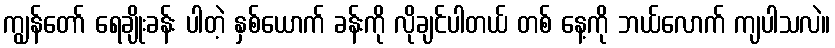
ကျွန်တော် ရေချိုးခန်း ပါတဲ့ နှစ်ယောက် ခန်းကို လိုချင်ပါတယ် တစ် နေ့ကို ဘယ်လောက် ကျပါသလဲ။